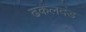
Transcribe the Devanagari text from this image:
ढकलदंड